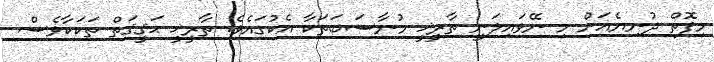
މިފޮތް ދުނިޔެއަށް މި ނޭވައިލަނީ ތާރީޚީ މުނާސަބަތަކާ އެކުގައެވެ. ތާރީޚީ ޙަޤީޤަތް ތަކަކާވެސް